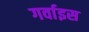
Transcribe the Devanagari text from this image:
गर्वाइस